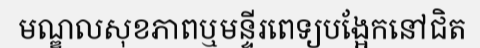
មណ្ឌលសុខភាពឬមន្ទីរពេទ្យបង្អែកនៅជិត